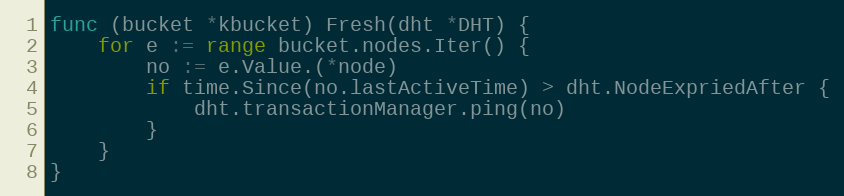
Language: Go
func (bucket *kbucket) Fresh(dht *DHT) {
	for e := range bucket.nodes.Iter() {
		no := e.Value.(*node)
		if time.Since(no.lastActiveTime) > dht.NodeExpriedAfter {
			dht.transactionManager.ping(no)
		}
	}
}